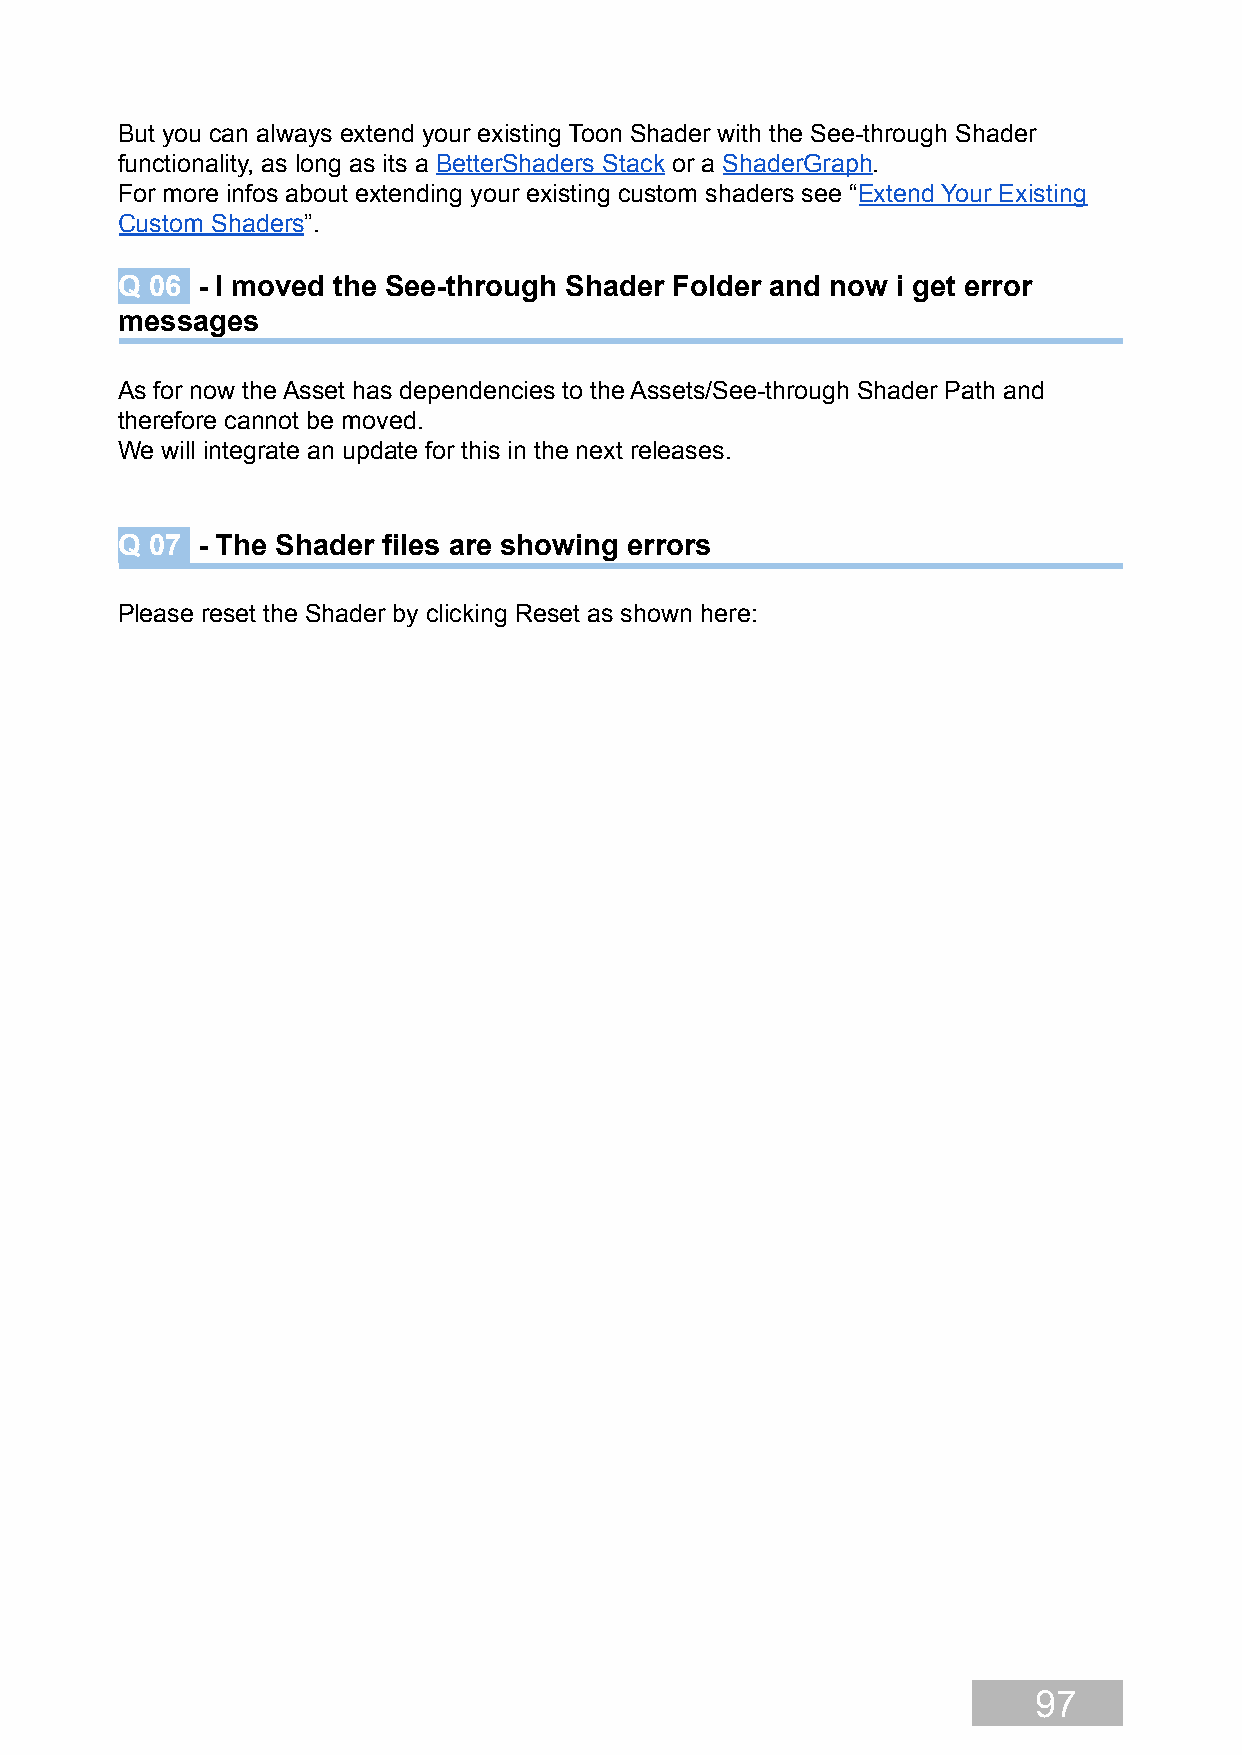
But you can always extend your existing Toon Shader with the See-through Shader
 functionality, as long as its a BetterShaders Stack or a ShaderGraph.
 For more infos about extending your existing custom shaders see “Extend Your Existing
 Custom Shaders”.
 Q 06 - I moved the See-through Shader Folder and now i get error
 messages
 As for now the Asset has dependencies to the Assets/See-through Shader Path and
 therefore cannot be moved.
 We will integrate an update for this in the next releases.
 Q 07 - The Shader files are showing errors
 Please reset the Shader by clicking Reset as shown here:
 97